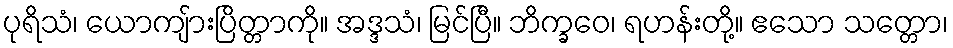
ပုရိသံ၊ ယောကျ်ားပြိတ္တာကို။ အဒ္ဒသံ၊ မြင်ပြီ။ ဘိက္ခဝေ၊ ရဟန်းတို့။ ဧသော သတ္တော၊